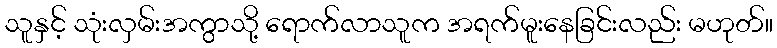
သူနှင့် သုံးလှမ်းအကွာသို့ ရောက်လာသူက အရက်မူးနေခြင်းလည်း မဟုတ်။